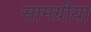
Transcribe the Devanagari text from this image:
सामग्रीया